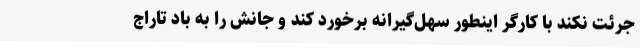
جرئت نکند با کارگر اینطور سهل‌گیرانه برخورد کند و جانش را به باد تاراج